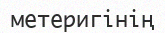
метеригінің